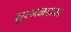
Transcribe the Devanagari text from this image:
सुरजनदास